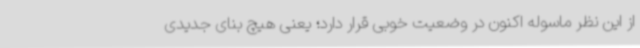
از این نظر ماسوله اکنون در وضعیت خوبی قرار دارد؛ یعنی هیچ بنای جدیدی